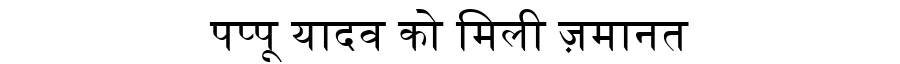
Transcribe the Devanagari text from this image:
पप्पू यादव को मिली ज़मानत